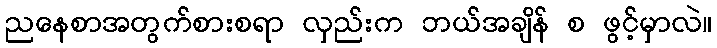
ညနေစာအတွက်စားစရာ လှည်းက ဘယ်အချိန် စ ဖွင့်မှာလဲ။